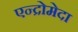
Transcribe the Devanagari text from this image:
एन्द्रोमेदा